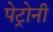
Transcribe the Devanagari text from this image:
पेट्रोनी